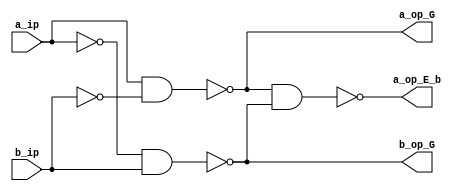
module Comparator1Bit ( 
a_ip,
b_ip,
a_op_G,
a_op_E_b, b_op_G,
);

input a_ip;
input b_ip; 

output a_op_G; 
output a_op_E_b;
output b_op_G;

nand (a_op_G, a_ip, ~b_ip);
nand (b_op_G, ~a_ip, b_ip);
nand (a_op_E_b, a_op_G, b_op_G);

endmodule